Vaccination report Assam 1896-1927 - 1896-1927
Year: 1896
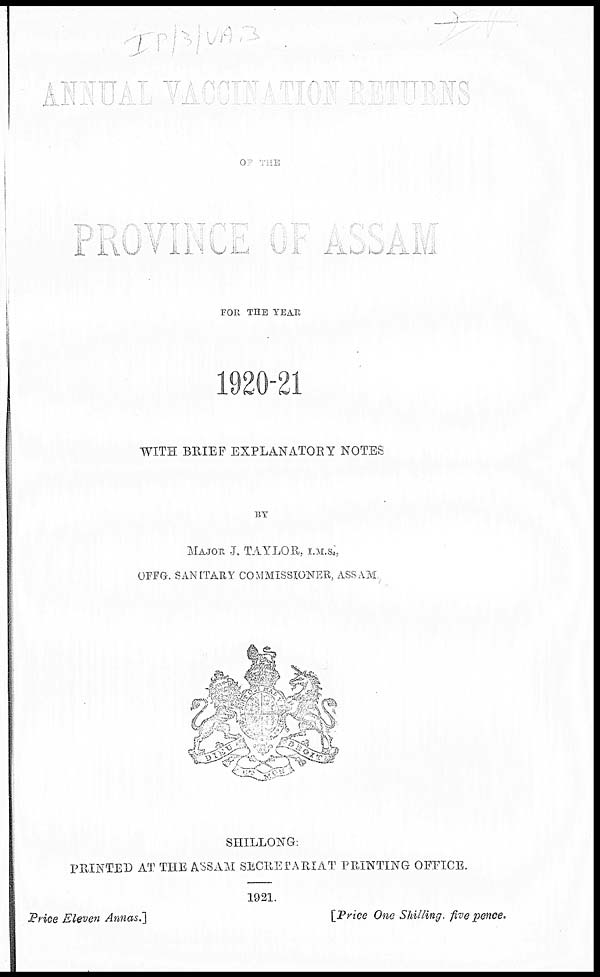
ANNUAL VACCINATION RETURNS
OF THE
PROVINCE OF ASSAM
FOR THE YEAR
1920-21
WITH BRIEF EXPLANATORY NOTES
BY
MAJOR J. TAYLOR., I.M.S.,
OFFG. SANITARY COMMISSIONER, ASSAM,
SHILLONG:
PRINTED AT THE ASSAM SECRETARIAT PRINTING OFFICE.
1921.
Price Eleven Annas.]
[Price One Shilling. five pence.